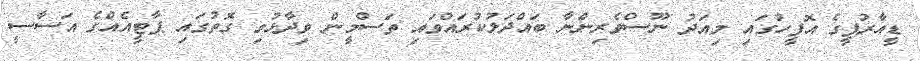
ޑީއާރުޕީގެ އޮފީހުގައި މިއަދު ނޫސްވެރިންނާ ބައްދަލުކުރައްވައި ތަސްމީން ވިދާޅުވި ގޮތުގައި ޕާޓީއެއްގެ އަސާސީ